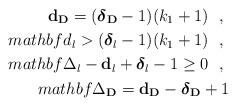
LaTeX: \begin{align*}\mathbf{d}_{\mathbf{D}} = (\boldsymbol{\delta}_{\mathbf{D}}-1)(k_{1}+1) \ \ , \ \\mathbf{d}_{l} > (\boldsymbol{\delta}_{l}-1)(k_{1}+1) \ \ , \ \\mathbf{\Delta}_{l} - \mathbf{d}_{l} + \boldsymbol{\delta}_{l} - 1 \geq 0 \ \ , \ \\mathbf{\Delta}_{\mathbf{D}} = \mathbf{d}_{\mathbf{D}} - \boldsymbol{\delta}_{\mathbf{D}} + 1\end{align*}